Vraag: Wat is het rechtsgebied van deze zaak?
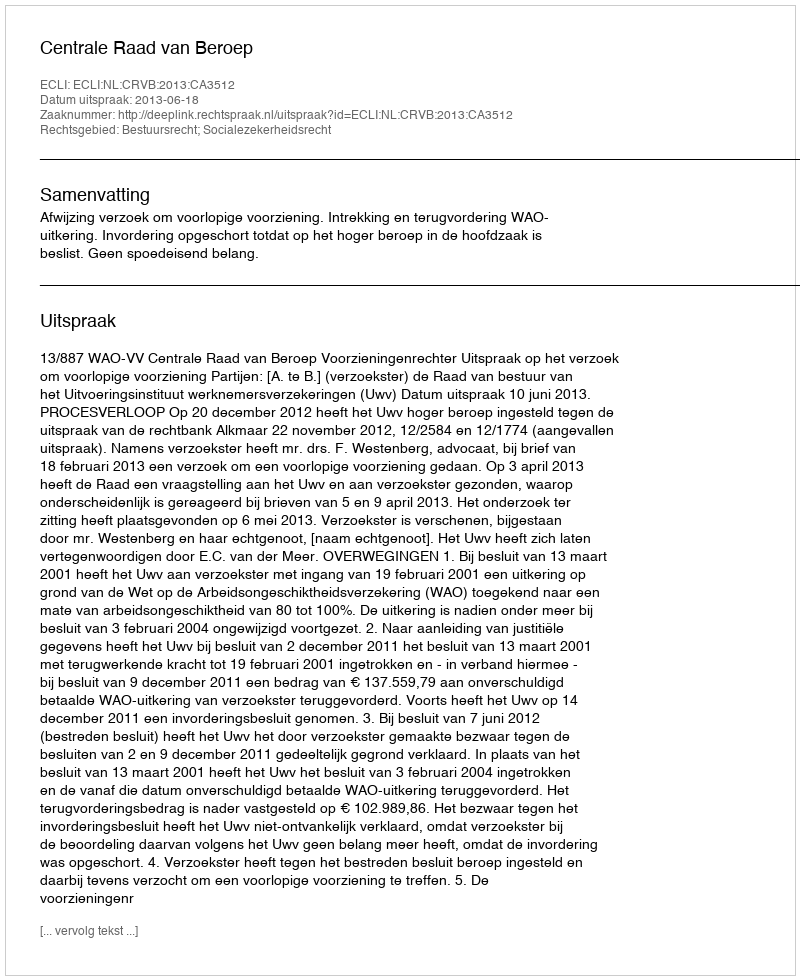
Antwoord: Bestuursrecht; Socialezekerheidsrecht